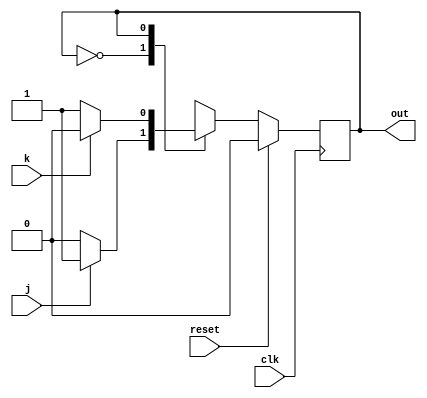
module top_module(
    input clk,
    input reset,    
    input j,
    input k,
    output out); //  

    parameter OFF=0, ON=1; 
    reg state, next_state;

    always @(*) begin
        case (state)
            OFF : begin
                    if (j) begin
                    next_state = ON;
                end
                else begin
                    next_state = OFF;
                end 
            end
            ON : begin
                  if (k) begin
                    next_state = OFF;
                end
                else begin
                    next_state = ON;
                end
            end
        endcase
    end

    always @(posedge clk) begin
        if (reset) begin
            state <= OFF;
        end
        else begin
            state = next_state;
        end
    end

        assign out = ~(state == OFF);
    // Output logic
    // assign out = (state == ...);

endmodule